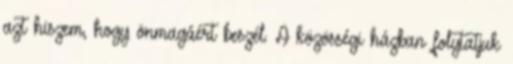
azt hiszem, hogy önmagáért beszél. A közösségi házban folytatjuk